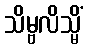
သိမ္ဗလိသ္မိံ